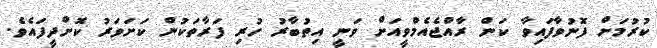
ކުރުމަށް ފޮނުވާފައިވާ ކަން ރާއްޖެއެމްވީއަށް ވަނީ އިތުބާރު ހުރި ފަރާތަކުން ކަށަވަރު ކޮށްދީފައެވެ.